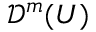
{ \mathcal { D } } ^ { m } ( U )